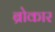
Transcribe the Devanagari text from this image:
ब्रोकार